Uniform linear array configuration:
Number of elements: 48
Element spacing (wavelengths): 1
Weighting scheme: uniform
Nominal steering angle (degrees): -30
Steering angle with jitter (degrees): -28.566
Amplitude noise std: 0.05
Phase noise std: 0.05

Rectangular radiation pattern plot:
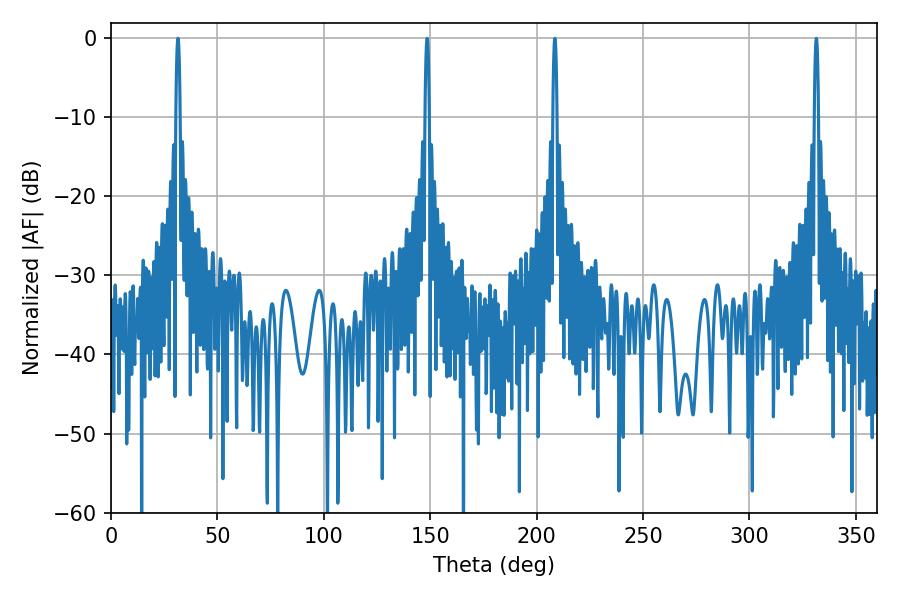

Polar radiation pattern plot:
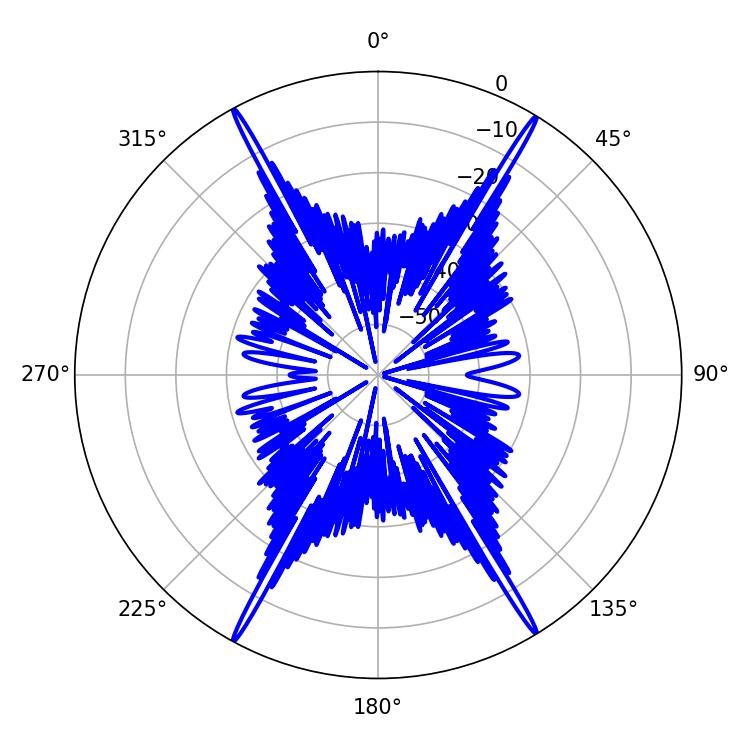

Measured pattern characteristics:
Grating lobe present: TRUE
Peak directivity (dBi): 28.419
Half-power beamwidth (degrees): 1.08
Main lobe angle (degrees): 31.5